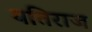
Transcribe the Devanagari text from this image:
यतिराज